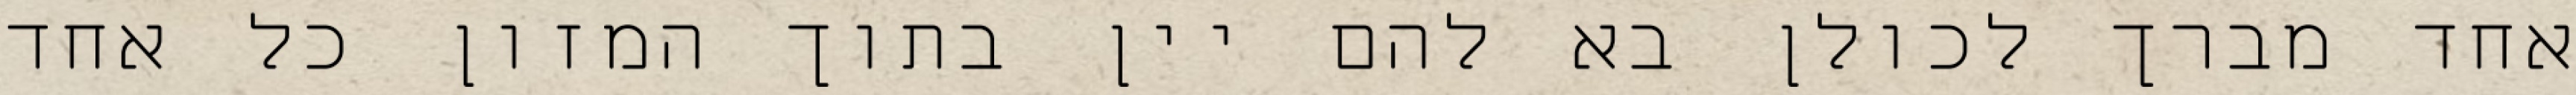
אחד מברך לכולן בא להם יין בתוך המזון כל אחד